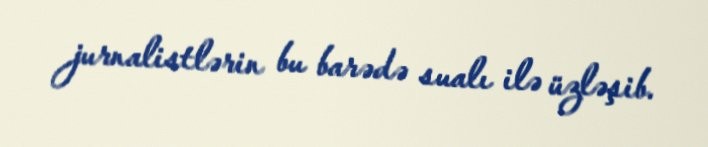
jurnalistlərin bu barədə sualı ilə üzləşib.